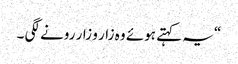
“ یہ کہتے ہوئے وہ زار و زار رونے لگی ۔